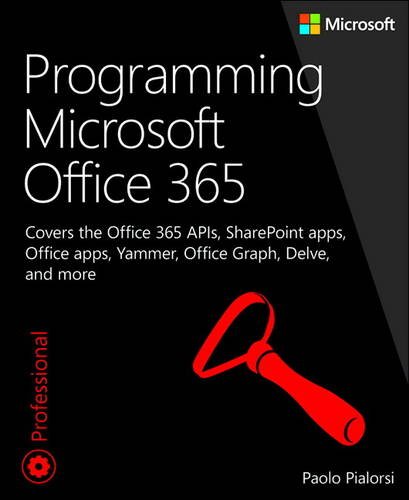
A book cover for Programming Microsoft Office 365: Covers the Office 365 APIs, SharePoint apps, Office apps, Yammer, Office Graph, Delve, and more (Developer Reference); Paolo Pialorsi; Computers & Technology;